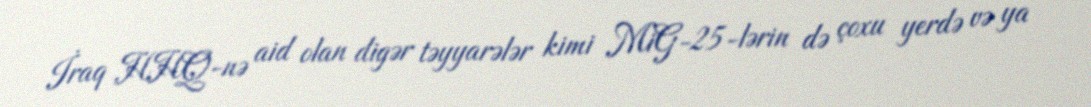
İraq HHQ-nə aid olan digər təyyarələr kimi MiG-25-lərin də çoxu yerdə və ya